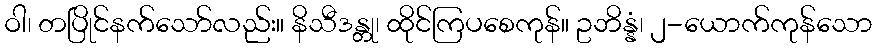
ဝါ၊ တပြိုင်နက်သော်လည်း။ နိသီဒန္တု၊ ထိုင်ကြပစေကုန်။ ဥဘိန္နံ၊ ၂-ယောက်ကုန်သော